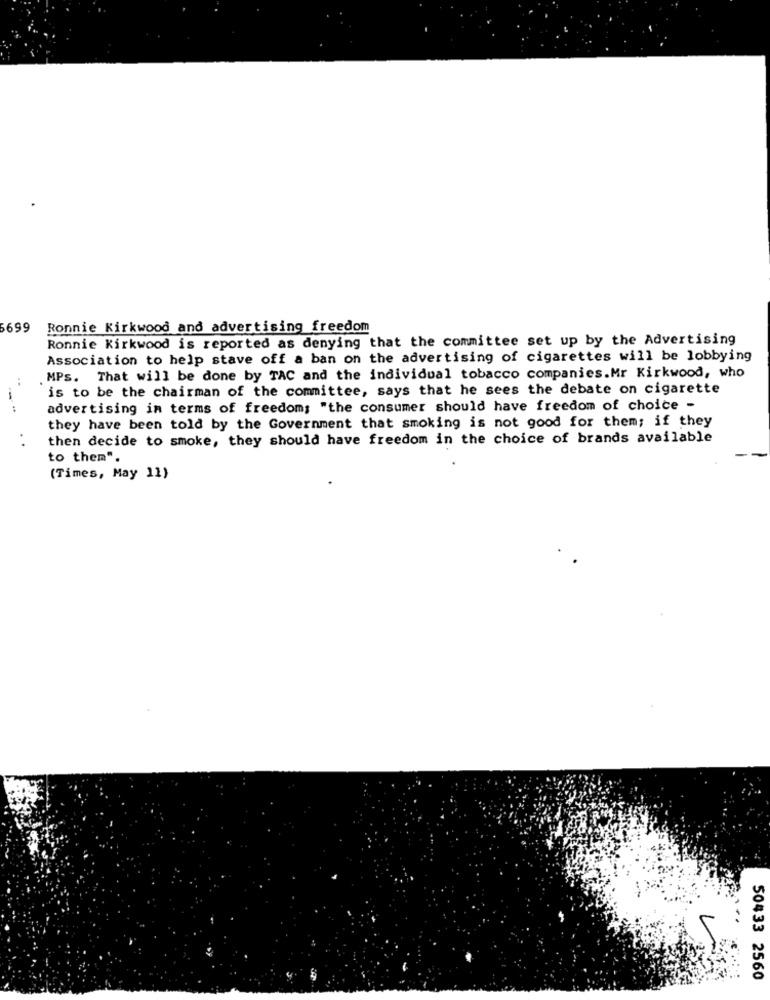
6699
Ronnie Kirkwood and advertising freedom
Ronnie Kirkwood is reported as denying that the committee set up by the Advertising
Association to help stave off a ban on the advertising of cigarettes will be lobbying
MPS. That will be done by TAC and the individual tobacco companies.Mr Kirkwood, who
is to be the chairman of the committee, says that he sees the debate on cigarette
advertising in terms of freedom; "the consumer should have freedom of choice -
they have been told by the Government that smoking is not good for them; if they
..
then decide to smoke, they should have freedom in the choice of brands available
to them".
(Times, May 11)
50433 2560